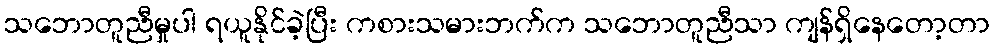
သဘောတူညီမှုပါ ရယူနိုင်ခဲ့ပြီး ကစားသမားဘက်က သဘောတူညီသာ ကျန်ရှိနေတော့တာ